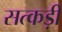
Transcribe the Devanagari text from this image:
सत्कड़ी